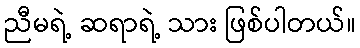
ညီမရဲ့ ဆရာရဲ့ သား ဖြစ်ပါတယ်။